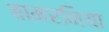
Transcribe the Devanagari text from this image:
बामरनिया